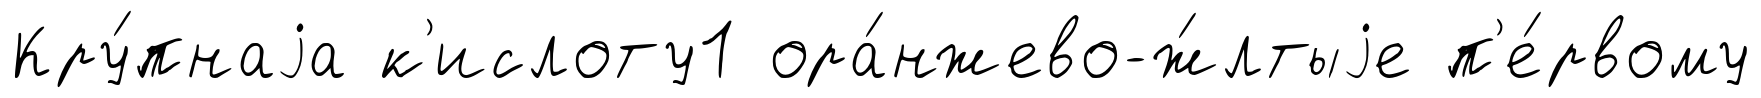
Кру́пнаjа к'ислоту1 ора́нжево-ж́лтыjе п'е́рвому